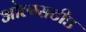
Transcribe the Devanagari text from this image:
ओल्म्सटीड